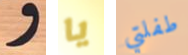
و يا طفلتي